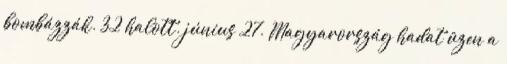
bombázzák. 32 halott. június 27. Magyarország hadat üzen a